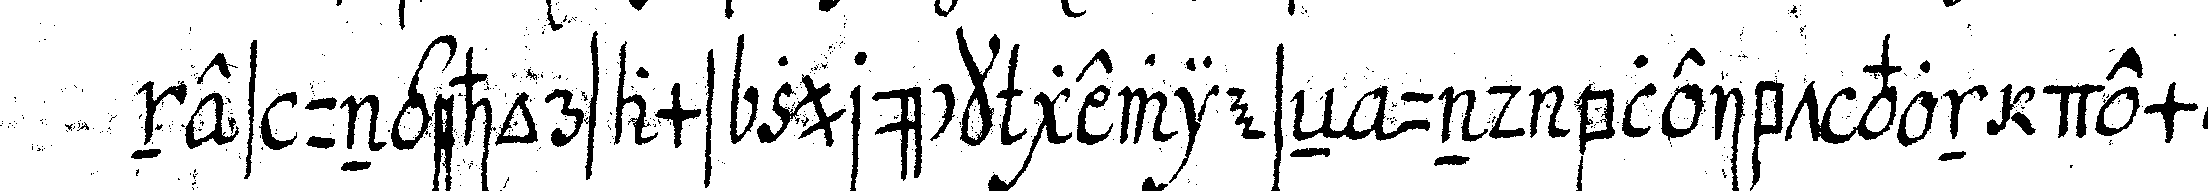
nes ungehorsams zurück gewieseN und bleibt von dem